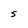
Character: S